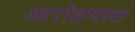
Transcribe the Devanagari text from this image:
आरोहणात